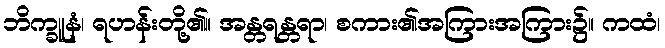
ဘိက္ခူနံ၊ ရဟန်းတို့၏။ အန္တရန္တရာ၊ စကား၏အကြားအကြား၌။ ကထံ၊